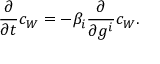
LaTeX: { \frac { \partial } { \partial t } } c _ { W } = - \beta _ { i } { \frac { \partial } { \partial g ^ { i } } } c _ { W } .